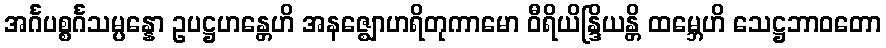
အင်္ဂပစ္စင်္ဂသမ္ပန္နော ဥပဋ္ဌဟန္တေဟိ အနဇ္ဈောဟရိတုကာမော ဝီရိယိန္ဒြိယန္တိ ထမ္ဘေဟိ သေဋ္ဌဘာဝတော